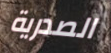
الصدرية